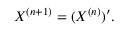
X ^ { ( n + 1 ) } = ( X ^ { ( n ) } ) ^ { \prime } .